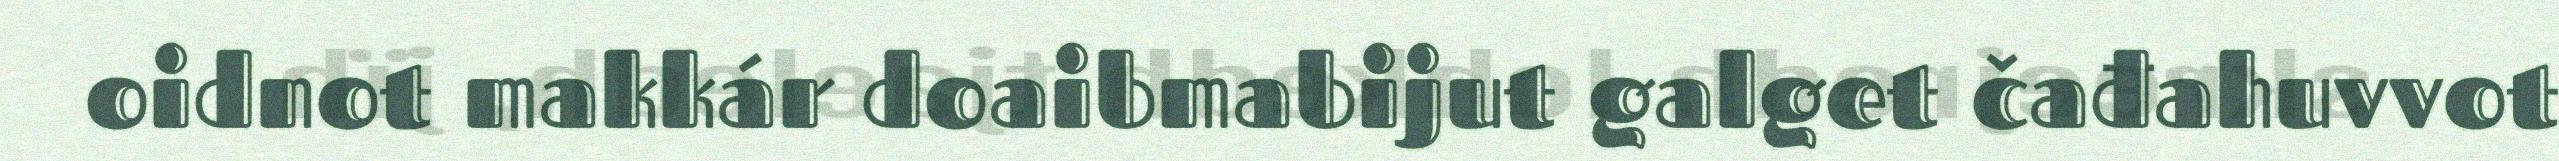
oidnot makkár doaibmabijut galget čađahuvvot